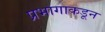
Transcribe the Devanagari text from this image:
प्रभागाकडून